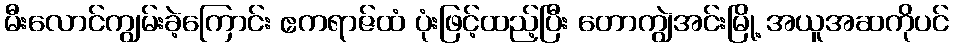
မီးလောင်ကျွမ်းခဲ့ကြောင်း ဧကရာဇ်ထံ ပုံးဖြင့်ထည့်ပြီး တောကျွဲအင်းမြို့ အယူအဆကိုပင်